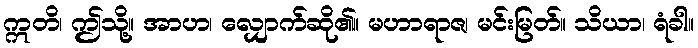
ဣတိ၊ ဤသို့။ အာဟ၊ လျှောက်ဆို၏။ မဟာရာဇ၊ မင်းမြတ်။ သိယာ၊ ရံခါ။